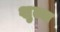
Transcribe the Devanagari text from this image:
शुल्ज